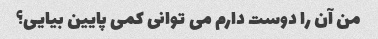
من آن را دوست دارم می توانی کمی پایین بیایی؟